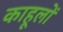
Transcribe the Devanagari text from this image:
काहूलों